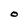
Character: o